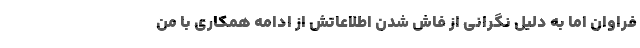
فراوان اما به دلیل نگرانی از فاش شدن اطلاعاتش از ادامه همکاری با من